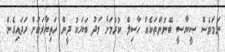
ނަމަވެސް ސީޔާސީ ބޭނުންތަކެއް ހާސިލް ކުރުމަށް މަދު ބަޔަކު ދީން ހަތިޔާރަކަށް ހަދައިގެން